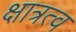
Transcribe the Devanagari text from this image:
क्षात्रत्व